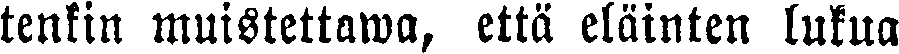
tenkin muistettawa, että eläinten lukua